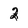
Character: 2